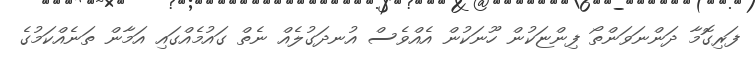
ފަރިގޮމާ ދަންނަވަންތޯ ފިންޏަކުން ހޫނަކުން އެއްވެސް އުނދަގުލެއް ނެތް ގައުމެއްގައި އަމާން ތަނެއްކަމުގެ